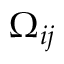
\Omega _ { i j }